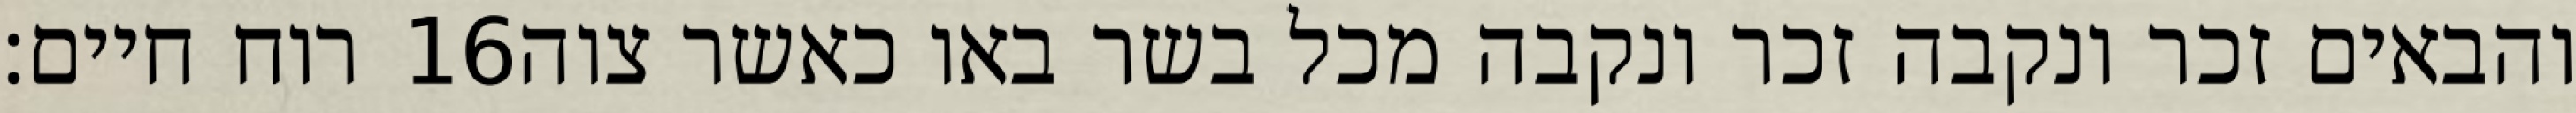
רוח חיים׃ ‎16‏ והבאים זכר ונקבה זכר ונקבה מכל בשר באו כאשר צוה